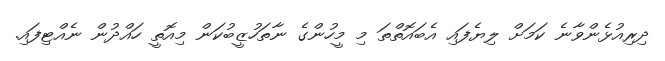
ދިރިއުޅެންވާނެ ކަމަށް ލިޔެފައި އެބައޮތްތަ މި މީހުންގެ ނާތަހުޒީބުކަން މިއޮތީ ހައްދުން ނެއްޓިފައި.